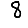
Digit: 8